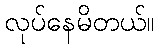
လုပ်နေမိတယ်။